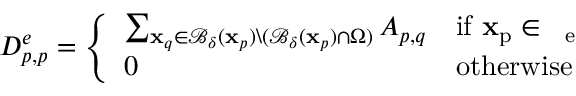
D _ { p , p } ^ { e } = \left\{ \begin{array} { l l } { \sum _ { \mathbf { x } _ { q } \in \mathcal { B } _ { \delta } ( \mathbf { x } _ { p } ) \backslash ( \mathcal { B } _ { \delta } ( \mathbf { x } _ { p } ) \cap \Omega ) } A _ { p , q } } & { \mathrm { i f ~ \mathbf { x } _ p \in ~ \Omega _ { e } ~ } } \\ { 0 } & { \mathrm { o t h e r w i s e } } \end{array} \right.